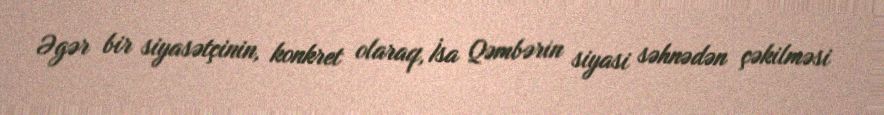
Əgər bir siyasətçinin, konkret olaraq, İsa Qəmbərin siyasi səhnədən çəkilməsi